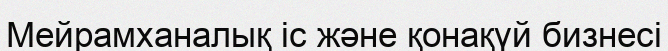
Мейрамханалық іс және қонақүй бизнесі